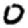
Digit: 0